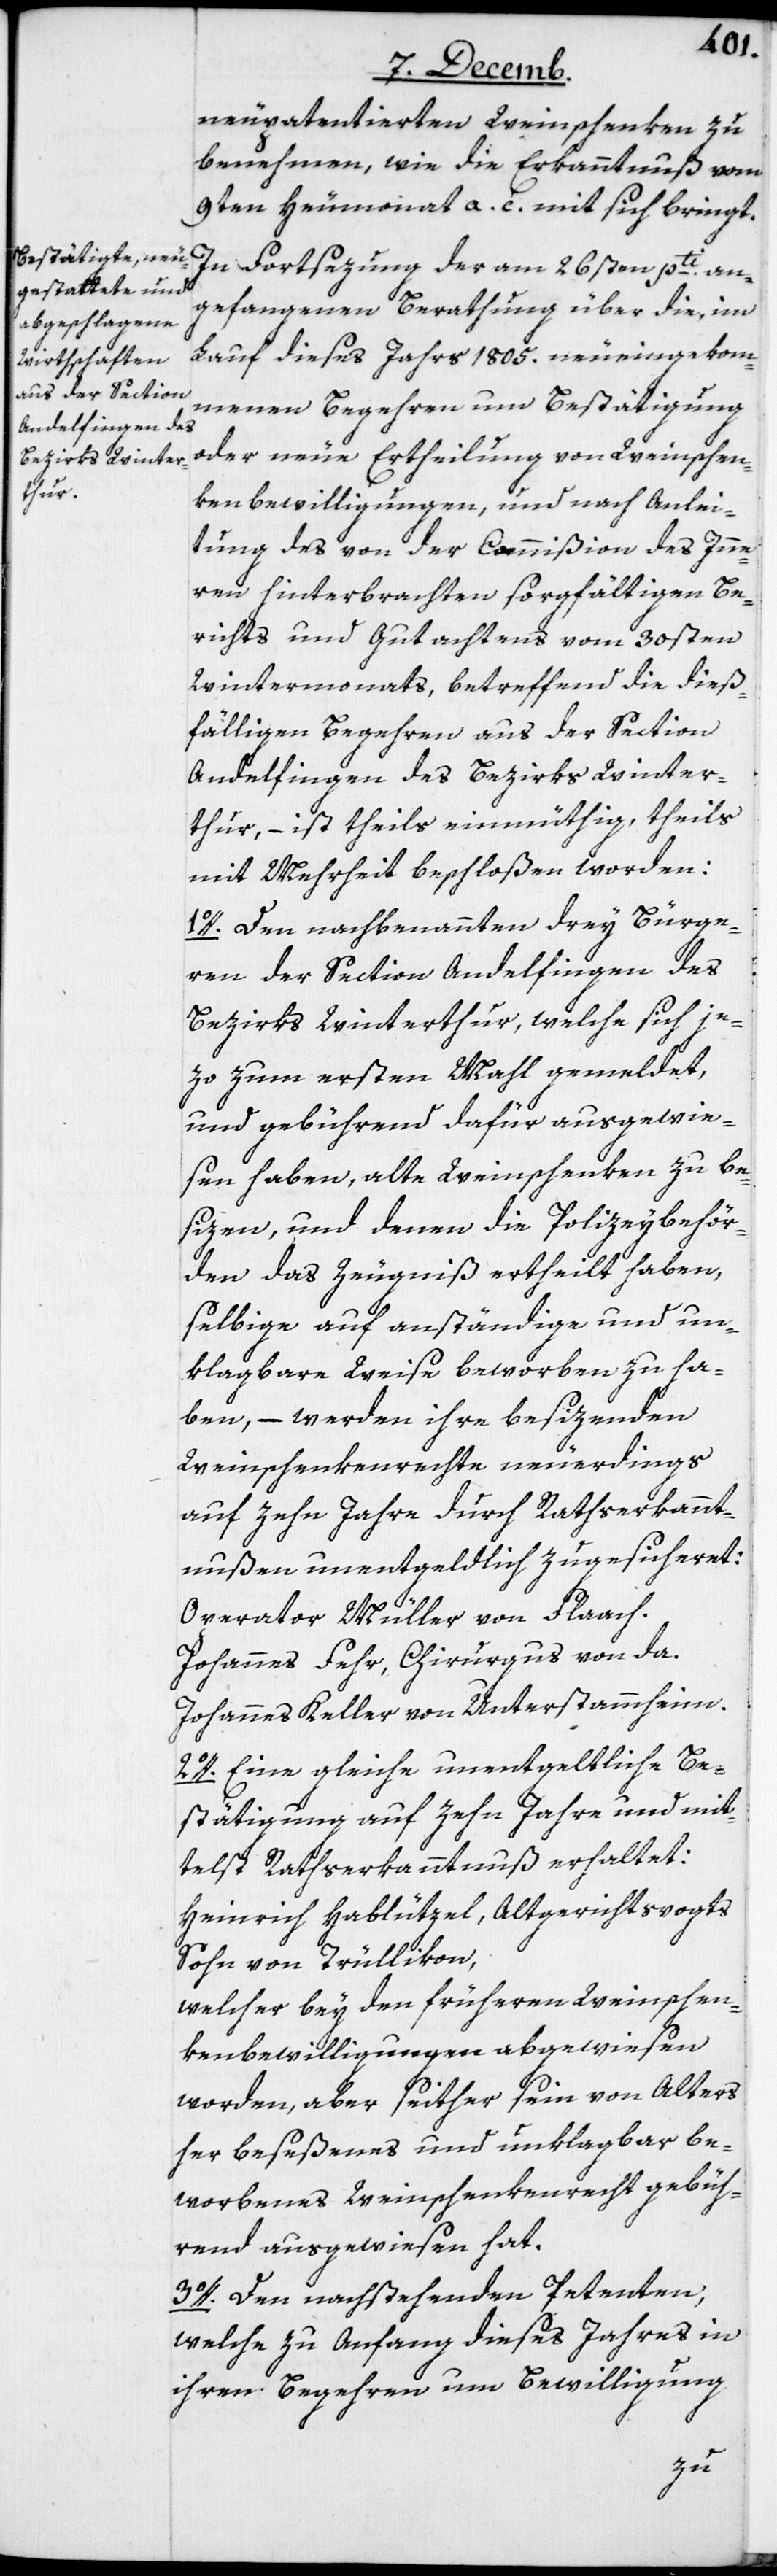
neupatentierten Weinschenken zu
benehmen, wie die Erkanntnuß vom
9ten Heumonat a. c. mit sich bringt.
In Fortsezung der am 26sten pti. an¬
gefangenen Berathung über die, im
Lauf dieses Jahrs 1805. neu eingekom¬
menen Begehren um Bestätigung
oder neue Ertheilung von Weinschen¬
kenbewilligungen, und nach Anlei¬
tung des von der Commißion des Inne¬
rn hinterbrachten sorgfältigen Be¬
richts und Gutachtens vom 30sten
Wintermonats, betreffend die dieß¬
fälligen Begehren aus der Section
Andelfingen des Bezirks Winter¬
thur, – ist theils einmüthig, theils
mit Mehrheit beschloßen worden:
1o. Den nachbenanten drey Bürge¬
ren der Section Andelfingen des
Bezirks Winterthur, welche sich je¬
zo zum ersten Mahl gemeldet,
und gebührend dafür ausgewie¬
sen haben, alte Weinschenken zu be¬
sizen, und denen die Polizeybehör¬
den das Zeugniß ertheilt haben,
selbige auf anständige und un¬
klagbare Weise beworben zu ha¬
ben, – werden ihre besizenden
Weinschenkenrechte neuerdings
auf zehn Jahre durch Rathserkannt¬
nußen unentgeldlich zugesicheret:
Operator Müller von Flaach.
Johannes Fehr, Chirurgus von da.
Johannes Keller von Unterstammheim.
2o. Eine gleiche untentgeldliche Be¬
stätigung auf zehn Jahre und mit¬
telst Rathserkanntnuß erhaltet:
Heinrich Hablützel, Altgerichtsvogts
Sohn von Trüllikon,
welcher bey den früheren Weinschen¬
kenbewilligungen abgewiesen
worden, aber seither sein von Alters
her beseßenes und unklagbar be¬
worbenes Weinschenkenrecht gebüh¬
rend ausgewiesen hat.
3o. Den nachstehenden Petenten,
welche zu Anfang dieses Jahres in
ihren Begehren um Bewilligung